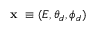
\textbf { x } \equiv ( E , \theta _ { d } , \phi _ { d } )